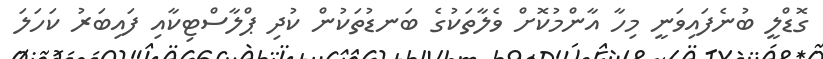
ގޮޑްލީ ބުނެފައިވަނީ މިހާ އާންމުކޮށް ވެލާތަކުގެ ބަނޑުތަކުން ކުދި ޕްލާސްޓިކާއި ފައިބަރު ކަހަލަ